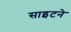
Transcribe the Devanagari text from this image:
साइटने